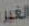
الغير